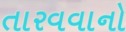
તારવવાનો